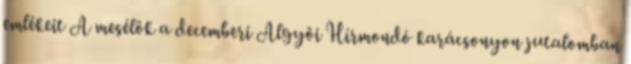
emlékeit A mesélôk a decemberi Algyôi Hírmondó karácsonyon jutalomban